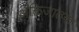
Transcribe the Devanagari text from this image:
अक्तिजातक